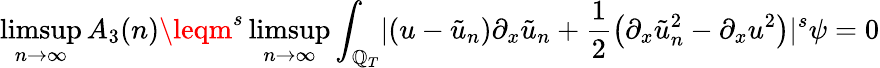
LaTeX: \operatorname*{limsup}_{n\rightarrow\infty}A_{3}(n)\leqm^{s}\operatorname*{limsup}_{n\rightarrow\infty}\int_{\mathbb{Q}_{T}}\lvert\left(u-\tilde{{u}}_{n}\right)\partial_{x}\tilde{{u}}_{n}+\frac{{1}}{{2}}\left(\partial_{x}\tilde{{u}}_{n}^{2}-\partial_{x}u^{2}\right)\rvert^{s}\psi=0